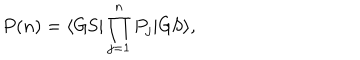
P ( n ) = \langle \mathrm { G S } | \prod _ { j = 1 } ^ { n } P _ { j } | \mathrm { G S } \rangle ,